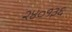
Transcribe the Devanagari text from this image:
२४०१३६